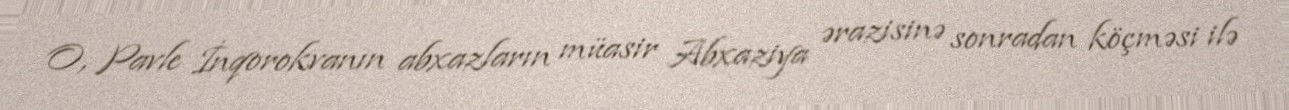
O, Pavle İnqorokvanın abxazların müasir Abxaziya ərazisinə sonradan köçməsi ilə